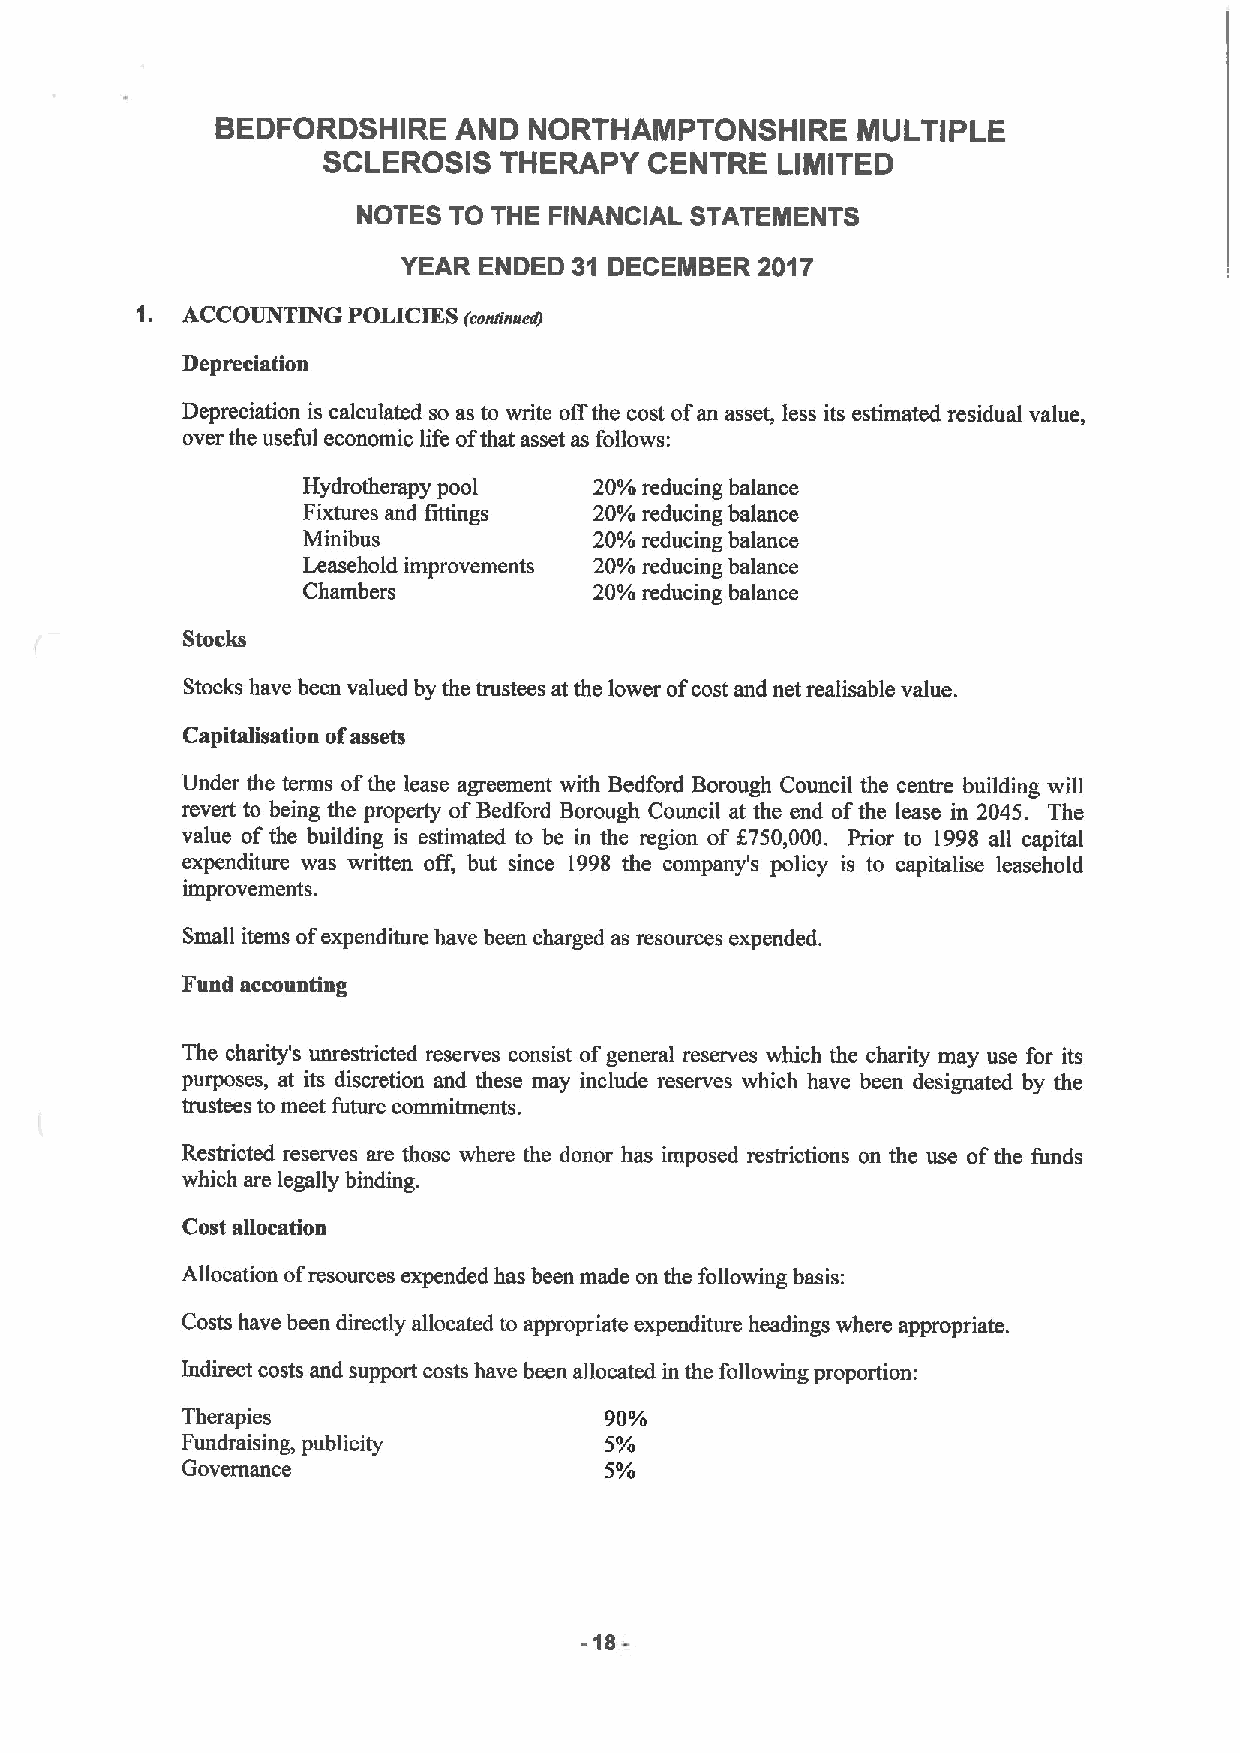
BEDFORDSHIRE    AND  NORTHAMPTONSHIRE      MULTIPLE
 SCLEROSIS   THERAPY   CENTRE  LIMITED
 NOTES TO THE FINANCIAL STATEMENTS
 YEAR ENDED 31 DECEMBER 2017
 1. ACCOUNTING POLICIES
 (cosringedj
 Depreciation
 Depreciation is calculated so as to write offthe cost ofan asset, less its estimated residual value,
 over the useful economic life ofthat asset as follows:
 Hydrotherapy pool  20%reducing balance
 Fixtures and fittings 20%reducing balance
 Minibus            20%reducing balance
 Leasehold improvements 20%reducing balance
 Chambers           20%reducing balance
 Stocks
 Stocks have been valued by the trustees at the lower ofcost and net realisable value.
 Capitalisation ofassets
 Under the terms ofthe lease agreement with Bedford Borough Council the centre building will
 revert to being the property ofBedford Borough Council at the end ofthe lease in 2045. The
 value of the building is estimated to be in the region of f750,000. Prior to 1998 all capital
 expenditure was written off, but since 1998 the company's policy is to capitalise leasehold
 improvements.
 Small items ofexpenditure have been charged as resources expended.
 Fund accounting
 The charity's unrestricted reserves consist ofgeneral reserves which the charity may use for its
 purposes, at its discretion and these may include reserves which have been designated by the
 trustees to meet future commitments.
 Restricted reserves are those where the donor has imposed restrictions on the use ofthe funds
 which are legally binding.
 Cost allocation
 Allocation ofresources expended has been made on the following basis:
 Costs have been directly allocated to appropriate expenditure headings where appropriate.
 Indirect costs and support costs have been allocated in the following proportion:
 Therapies                   90%
 Fundraising, publicity      5%
 Governance                  5%
 -18-